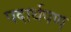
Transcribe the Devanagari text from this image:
पदार्थपण